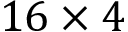
1 6 \times 4